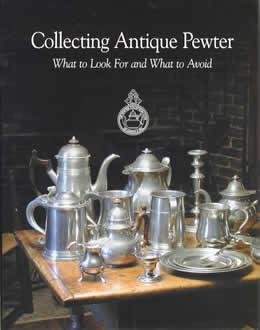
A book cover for Collecting Antique Pewter: What to Look for and What to Avoid; Wayne A. Hilt; Crafts, Hobbies & Home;